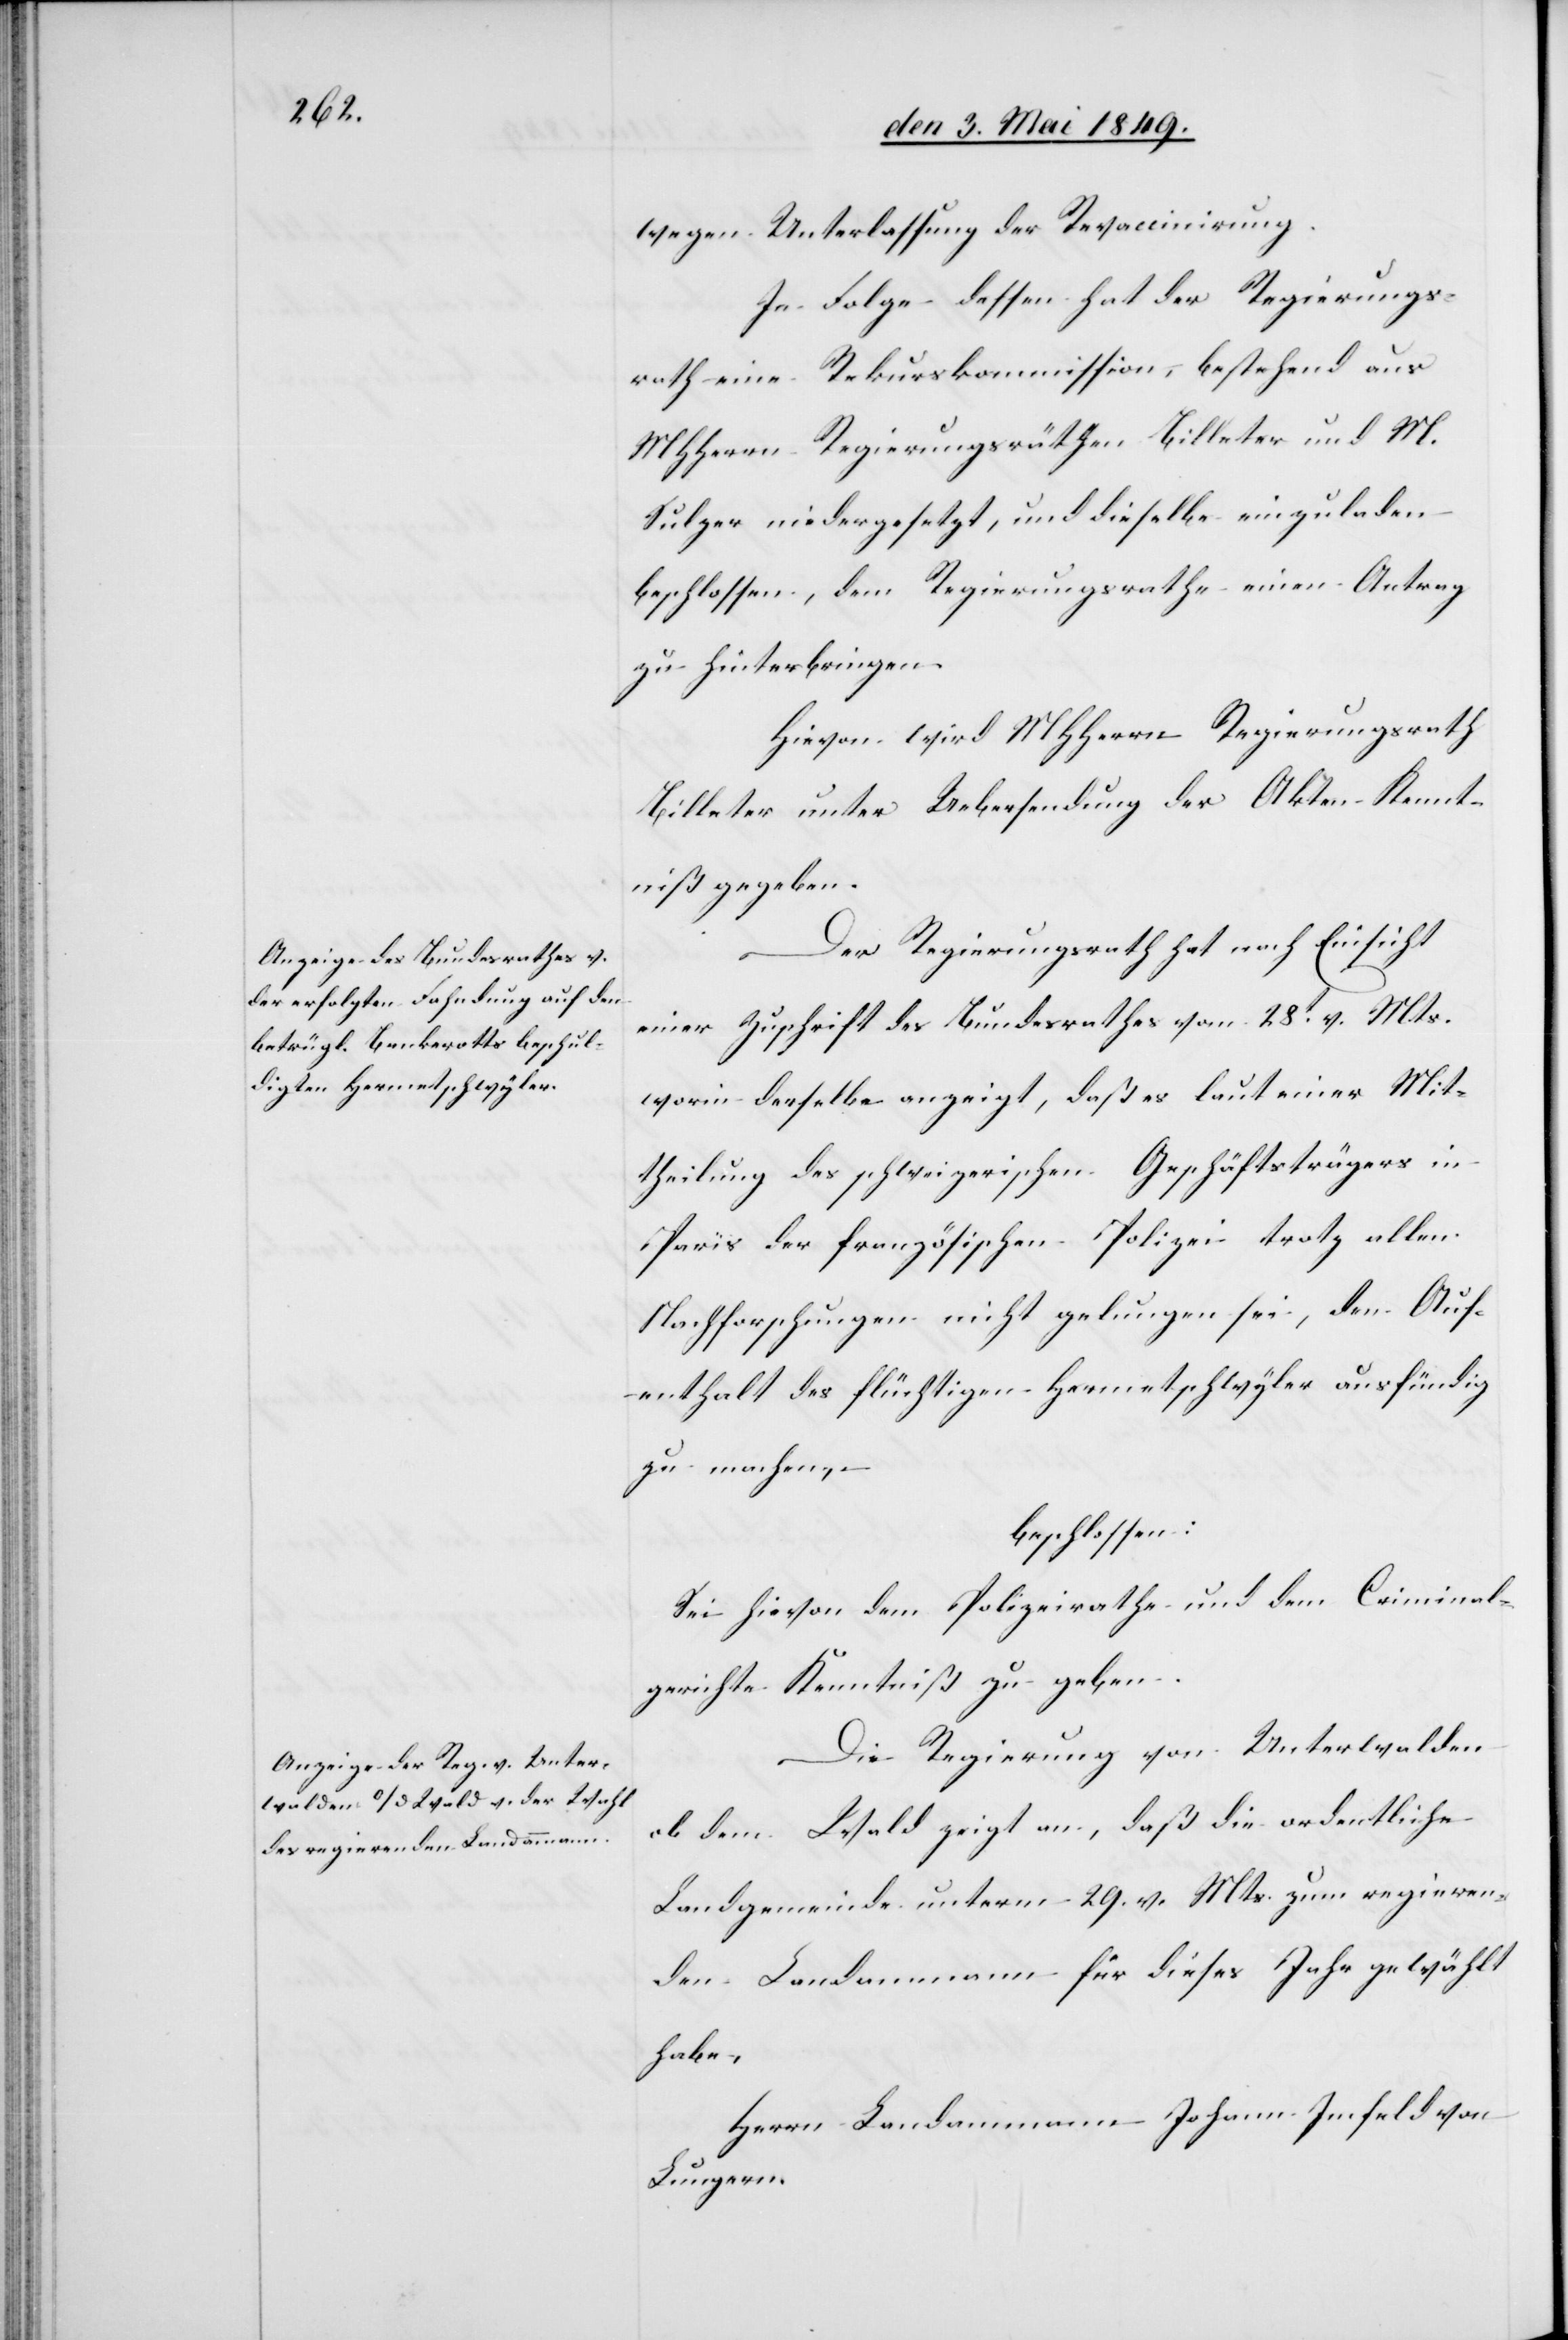
wegen Unterlassung der Revaccinirung.
In Folge dessen hat der Regierungs¬
rath eine Rekurskommission, bestehend aus
MHHerrn Regierungsräthen Billeter und M.
Sulzer niedergesetzt, und dieselbe einzuladen
beschlossen, dem Regierungsrathe einen Antrag
zu hinterbringen.
Hievon wird MHHerrn Regierungsrath
Billeter unter Uebersendung der Akten Kennt¬
niß gegeben.
Der Regierungsrath hat nach Einsicht
einer Zuschrift des Bundesrathes vom 28t v. Mts.
worin derselbe anzeigt, daß es laut einer Mit¬
theilung des schweizerischen Geschäftsträgers in
Paris der französischen Polizei trotz allen
Nachforschungen nicht gelungen sei, den Auf¬
enthalt des flüchtigen Hermetschwyler ausfündig
zu machen,
beschlossen:
Sei hievon dem Polizeirathe und dem Criminal¬
gerichte Kenntniß zu geben.
Die Regierung von Unterwalden
ob dem Wald zeigt an, daß die ordentliche
Landgemeinde unterm 29. v. Mts. zum regieren¬
den Landamann für dieses Jahr gewählt
habe,
Herrn Landammann Johann Imfeld von
Luzern.